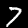
Digit: 7